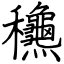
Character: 𥤚